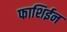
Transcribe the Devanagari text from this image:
फाशिईन